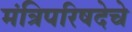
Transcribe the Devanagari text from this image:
मंत्रिपरिषदेचे